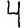
Digit: 4